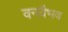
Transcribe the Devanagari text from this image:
वनवैभव